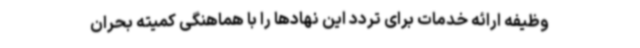
وظیفه ارائه خدمات برای تردد این نهادها را با هماهنگی کمیته بحران